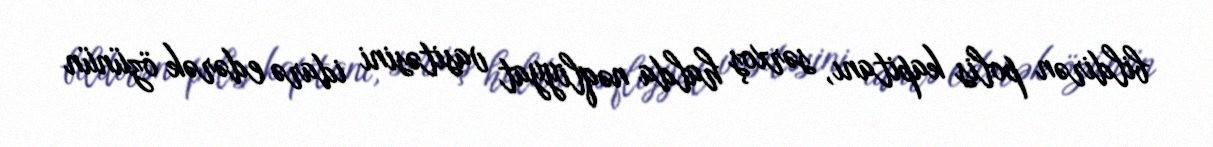
bildirən polis kapitanı, sərxoş halda nəqliyyat vasitəsini idarə edərək özünün